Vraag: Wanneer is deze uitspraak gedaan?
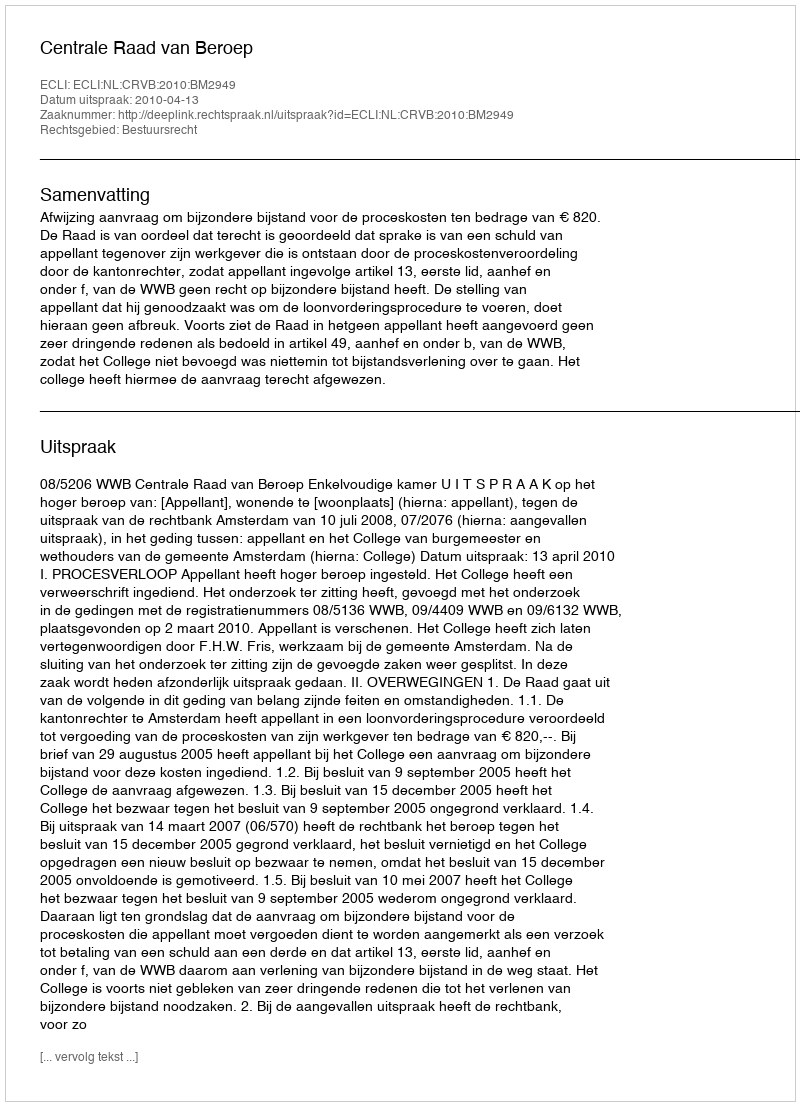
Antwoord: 2010-04-13